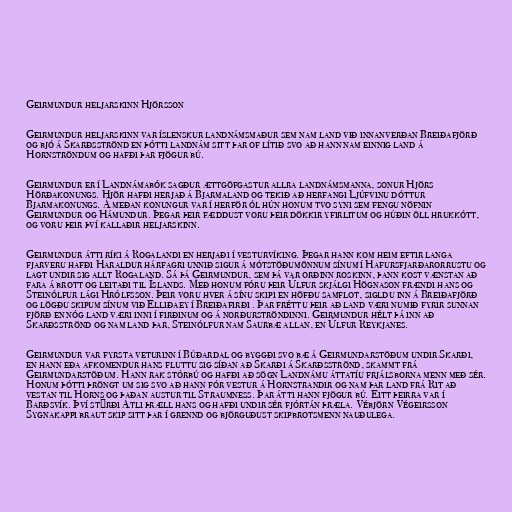
Geirmundur heljarskinn Hjörsson

Geirmundur heljarskinn var íslenskur landnámsmaður sem nam land við innanverðan Breiðafjörð
og bjó á Skarðsströnd en þótti landnám sitt þar of lítið svo að hann nam einnig land á
Hornströndum og hafði þar fjögur bú.

Geirmundur er í Landnámabók sagður ættgöfgastur allra landnámsmanna, sonur Hjörs
Hörðakonungs. Hjör hafði herjað á Bjarmaland og tekið að herfangi Ljúfvinu dóttur
Bjarmakonungs. Á meðan konungur var í herför ól hún honum tvo syni sem fengu nöfnin
Geirmundur og Hámundur. Þegar þeir fæddust voru þeir dökkir yfirlitum og húðin öll hrukkótt,
og voru þeir því kallaðir heljarskinn.

Geirmundur átti ríki á Rogalandi en herjaði í vesturvíking. Þegar hann kom heim eftir langa
fjarveru hafði Haraldur hárfagri unnið sigur á mótstöðumönnum sínum í Hafursfjarðarorrustu og
lagt undir sig allt Rogaland. Sá þá Geirmundur, sem þá var orðinn roskinn, þann kost vænstan að
fara á brott og leitaði til Íslands. Með honum fóru þeir Úlfur skjálgi Högnason frændi hans og
Steinólfur lági Hrólfsson. Þeir voru hver á sínu skipi en höfðu samflot, sigldu inn á Breiðafjörð
og lögðu skipum sínum við Elliðaey í Breiðafirði . Þar fréttu þeir að land væri numið fyrir sunnan
fjörð en nóg land væri inni í firðinum og á norðurströndinni. Geirmundur hélt þá inn að
Skarðsströnd og nam land þar, Steinólfur nam Saurbæ allan, en Úlfur Reykjanes.

Geirmundur var fyrsta veturinn í Búðardal og byggði svo bæ á Geirmundarstöðum undir Skarði,
en hann eða afkomendur hans fluttu sig síðan að Skarði á Skarðsströnd, skammt frá
Geirmundarstöðum. Hann rak stórbú og hafði að sögn Landnámu áttatíu frjálsborna menn með sér.
Honum þótti þröngt um sig svo að hann fór vestur á Hornstrandir og nam þar land frá Rit að
vestan til Horns og þaðan austur til Straumness. Þar átti hann fjögur bú. Eitt þeirra var í
Barðsvík. Því stýrði Atli þræll hans og hafði undir sér fjórtán þræla. Vébjörn Végeirsson
Sygnakappi braut skip sitt þar í grennd og björguðust skipbrotsmenn nauðulega.